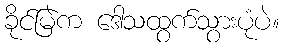
ခိုင်မြဲက ဒေါသထွက်သွားပုံပဲ။